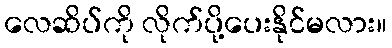
လေဆိပ်ကို လိုက်ပို့ပေးနိုင်မလား။